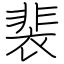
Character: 裴